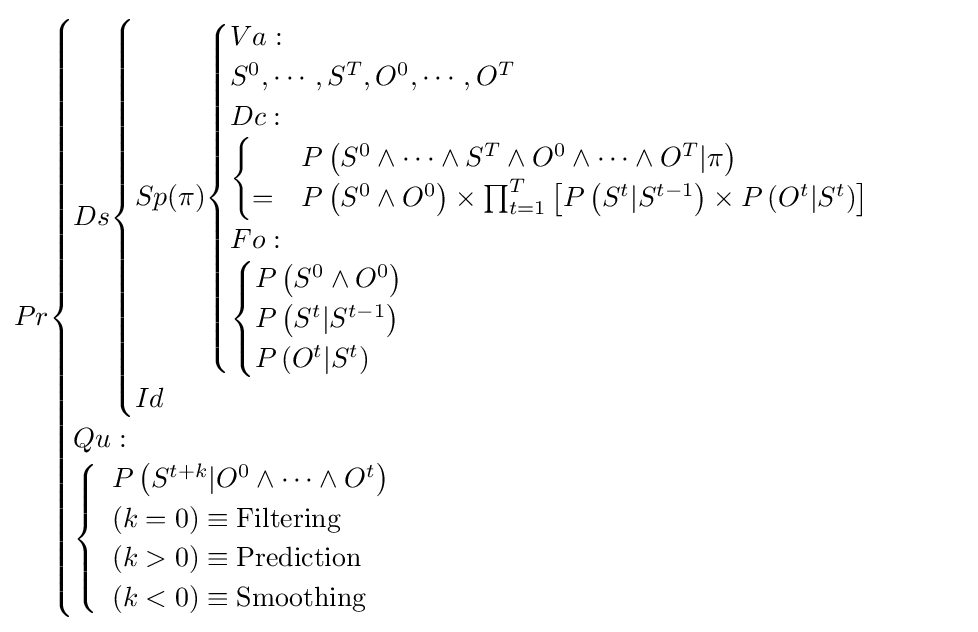
Pr{\begin{cases}Ds{\begin{cases}Sp(\pi ){\begin{cases}Va:\\S^{0},\cdots ,S^{T},O^{0},\cdots ,O^{T}\\Dc:\\{\begin{cases}&P\left(S^{0}\wedge \cdots \wedge S^{T}\wedge O^{0}\wedge \cdots \wedge O^{T}|\pi \right)\\=&P\left(S^{0}\wedge O^{0}\right)\times \prod _{t=1}^{T}\left[P\left(S^{t}|S^{t-1}\right)\times P\left(O^{t}|S^{t}\right)\right]\end{cases}}\\Fo:\\{\begin{cases}P\left(S^{0}\wedge O^{0}\right)\\P\left(S^{t}|S^{t-1}\right)\\P\left(O^{t}|S^{t}\right)\end{cases}}\end{cases}}\\Id\end{cases}}\\Qu:\\{\begin{cases}{\begin{array}{l}P\left(S^{t+k}|O^{0}\wedge \cdots \wedge O^{t}\right)\\\left(k=0\right)\equiv {\text{Filtering}}\\\left(k>0\right)\equiv {\text{Prediction}}\\\left(k<0\right)\equiv {\text{Smoothing}}\end{array}}\end{cases}}\end{cases}}